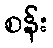
စန်း